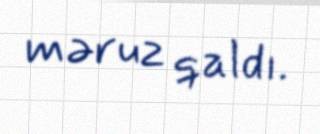
məruz qaldı.